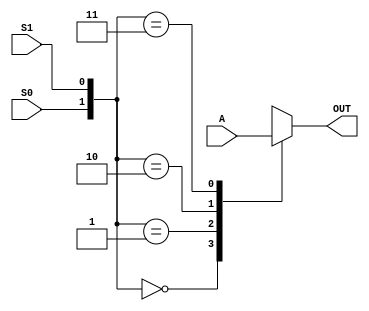
module Four_To_One_mux(input [0:3]A,input S0,S1,output OUT);

wire w1,w2,w3,w4;

always @(*)
  begin
    case({S0,S1})
	2'b00 : OUT = A[0];
	2'b01 : OUT = A[1];
	2'b10 : OUT = A[2];
	2'b11 : OUT = A[3];
    endcase
  end
endmodule